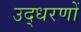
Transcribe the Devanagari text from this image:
उद्‍धरणों